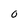
Character: O